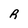
Character: R